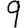
Digit: 9